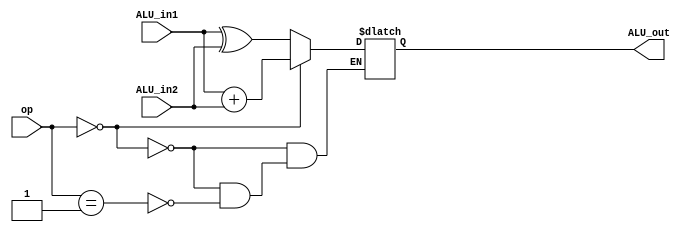
module alu(ALU_in1, ALU_in2, op, ALU_out);
  // op: 00 for addition, 01 for XOR, 10 for subtraction

  input [15:0] ALU_in1, ALU_in2;
  output reg[15:0] ALU_out;
  input [1:0] op;
  wire [16:0] res;
  
  assign res = {1'b0,ALU_in1[15:0]} + {1'b0,ALU_in2[15:0]};

  always @(op, ALU_in1, ALU_in2) begin
    if (op == 2'b00)  begin
		ALU_out = ALU_in1[15:0] + ALU_in2[15:0];
		
	 end
	 else if (op == 2'b01)
		ALU_out = ALU_in1 ^ ALU_in2;
  end
endmodule